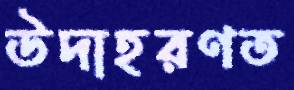
উদাহরণত